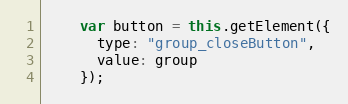
Language: JavaScript
    var button = this.getElement({
      type: "group_closeButton",
      value: group
    });